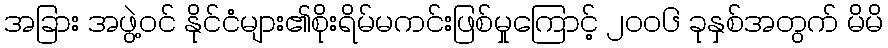
အခြား အဖွဲ့ဝင် နိုင်ငံများ၏စိုးရိမ်မကင်းဖြစ်မှုကြောင့် ၂၀၀၆ ခုနှစ်အတွက် မိမိ